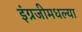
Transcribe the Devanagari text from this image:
इंग्रजीमधल्या